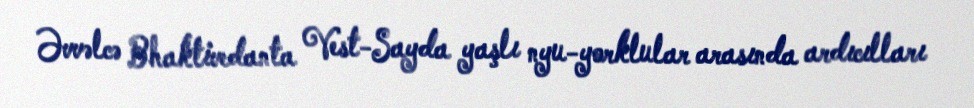
Əvvəlcə Bhaktivedanta Vest-Sayda yaşlı nyu-yorklular arasında ardıcılları